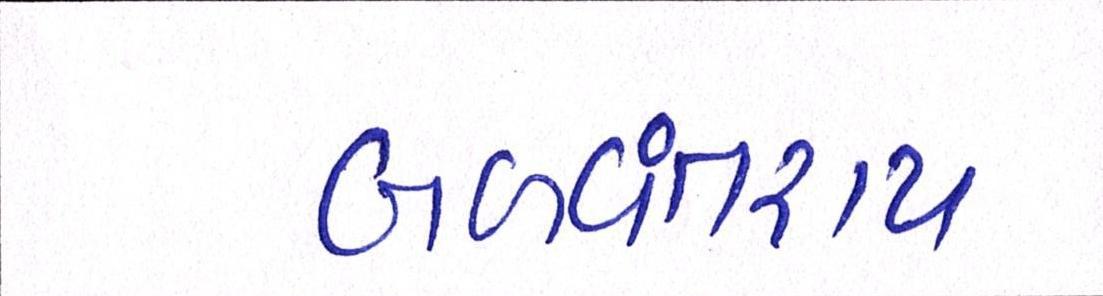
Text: બળવંતરાય